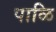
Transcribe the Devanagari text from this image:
पाळि